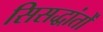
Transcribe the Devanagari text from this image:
सिसद्धांतों